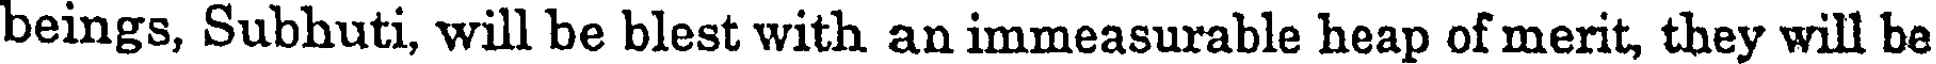
beings, Subhuti, will be blest with an immeasurable heap of merit, they will be